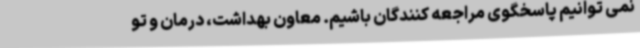
نمی توانیم پاسخگوی مراجعه کنندگان باشیم. معاون بهداشت، درمان و تو